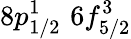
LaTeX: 8p_{1/2}^{1}\, \, 6f_{5/2}^{3}